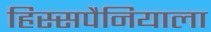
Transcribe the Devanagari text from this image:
हिस्सपैनियाला